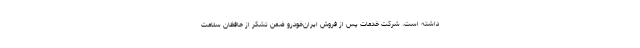
داشته‌ است. شرکت خدمات پس از فروش ایران‌خودرو ضمن تشکر از حافظان سلامت